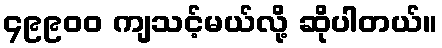
၄၉၉၀၀ ကျသင့်မယ်လို့ ဆိုပါတယ်။